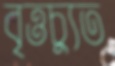
বৃত্তচ্যুত